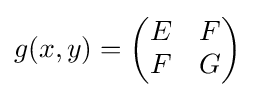
\displaystyle g(x,y)={\begin{pmatrix}E&F\\F&G\end{pmatrix}}